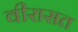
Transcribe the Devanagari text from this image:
वीरासत